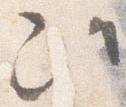
次